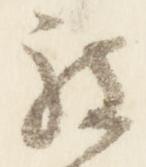
被